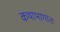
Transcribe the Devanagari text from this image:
कथाभागांत